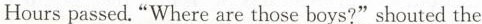
Hours passed. "Where are those boys?" shouted the